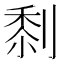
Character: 𠞙